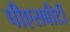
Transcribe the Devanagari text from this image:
पीएसबीटी